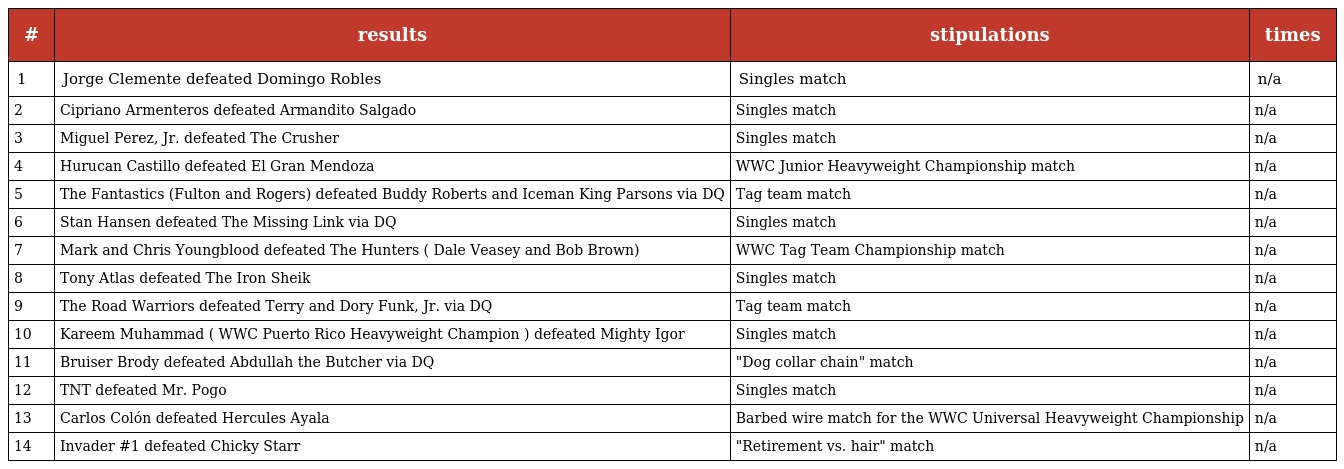
| # | results | stipulations | times |
 | --- | --- | --- | --- |
 | 1 | Jorge Clemente defeated Domingo Robles | Singles match | n/a |
 | 2 | Cipriano Armenteros defeated Armandito Salgado | Singles match | n/a |
 | 3 | Miguel Perez, Jr. defeated The Crusher | Singles match | n/a |
 | 4 | Hurucan Castillo defeated El Gran Mendoza | WWC Junior Heavyweight Championship match | n/a |
 | 5 | The Fantastics (Fulton and Rogers) defeated Buddy Roberts and Iceman King Parsons via DQ | Tag team match | n/a |
 | 6 | Stan Hansen defeated The Missing Link via DQ | Singles match | n/a |
 | 7 | Mark and Chris Youngblood defeated The Hunters ( Dale Veasey and Bob Brown) | WWC Tag Team Championship match | n/a |
 | 8 | Tony Atlas defeated The Iron Sheik | Singles match | n/a |
 | 9 | The Road Warriors defeated Terry and Dory Funk, Jr. via DQ | Tag team match | n/a |
 | 10 | Kareem Muhammad ( WWC Puerto Rico Heavyweight Champion ) defeated Mighty Igor | Singles match | n/a |
 | 11 | Bruiser Brody defeated Abdullah the Butcher via DQ | "Dog collar chain" match | n/a |
 | 12 | TNT defeated Mr. Pogo | Singles match | n/a |
 | 13 | Carlos Colón defeated Hercules Ayala | Barbed wire match for the WWC Universal Heavyweight Championship | n/a |
 | 14 | Invader #1 defeated Chicky Starr | "Retirement vs. hair" match | n/a |